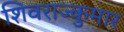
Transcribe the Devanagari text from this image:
शिवराज्कुमार